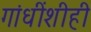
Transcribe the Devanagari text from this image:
गांधींशीही